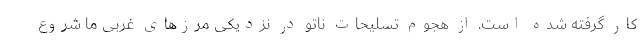
کار گرفته شده است. از هجوم تسلیحات ناتو در نزدیکی مرزهای غربی ما شروع